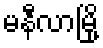
မနီလာမြို့